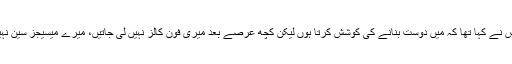
پچھلے دنوں اس نے کہا تھا کہ میں دوست بنانے کی کوشش کرتا ہوں لیکن کچھ عرصے بعد میری فون کالز نہیں لی جاتیں، میرے میسیجز سین نہیں کیے جاتے۔